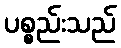
ပစ္စည်းသည်